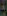
: